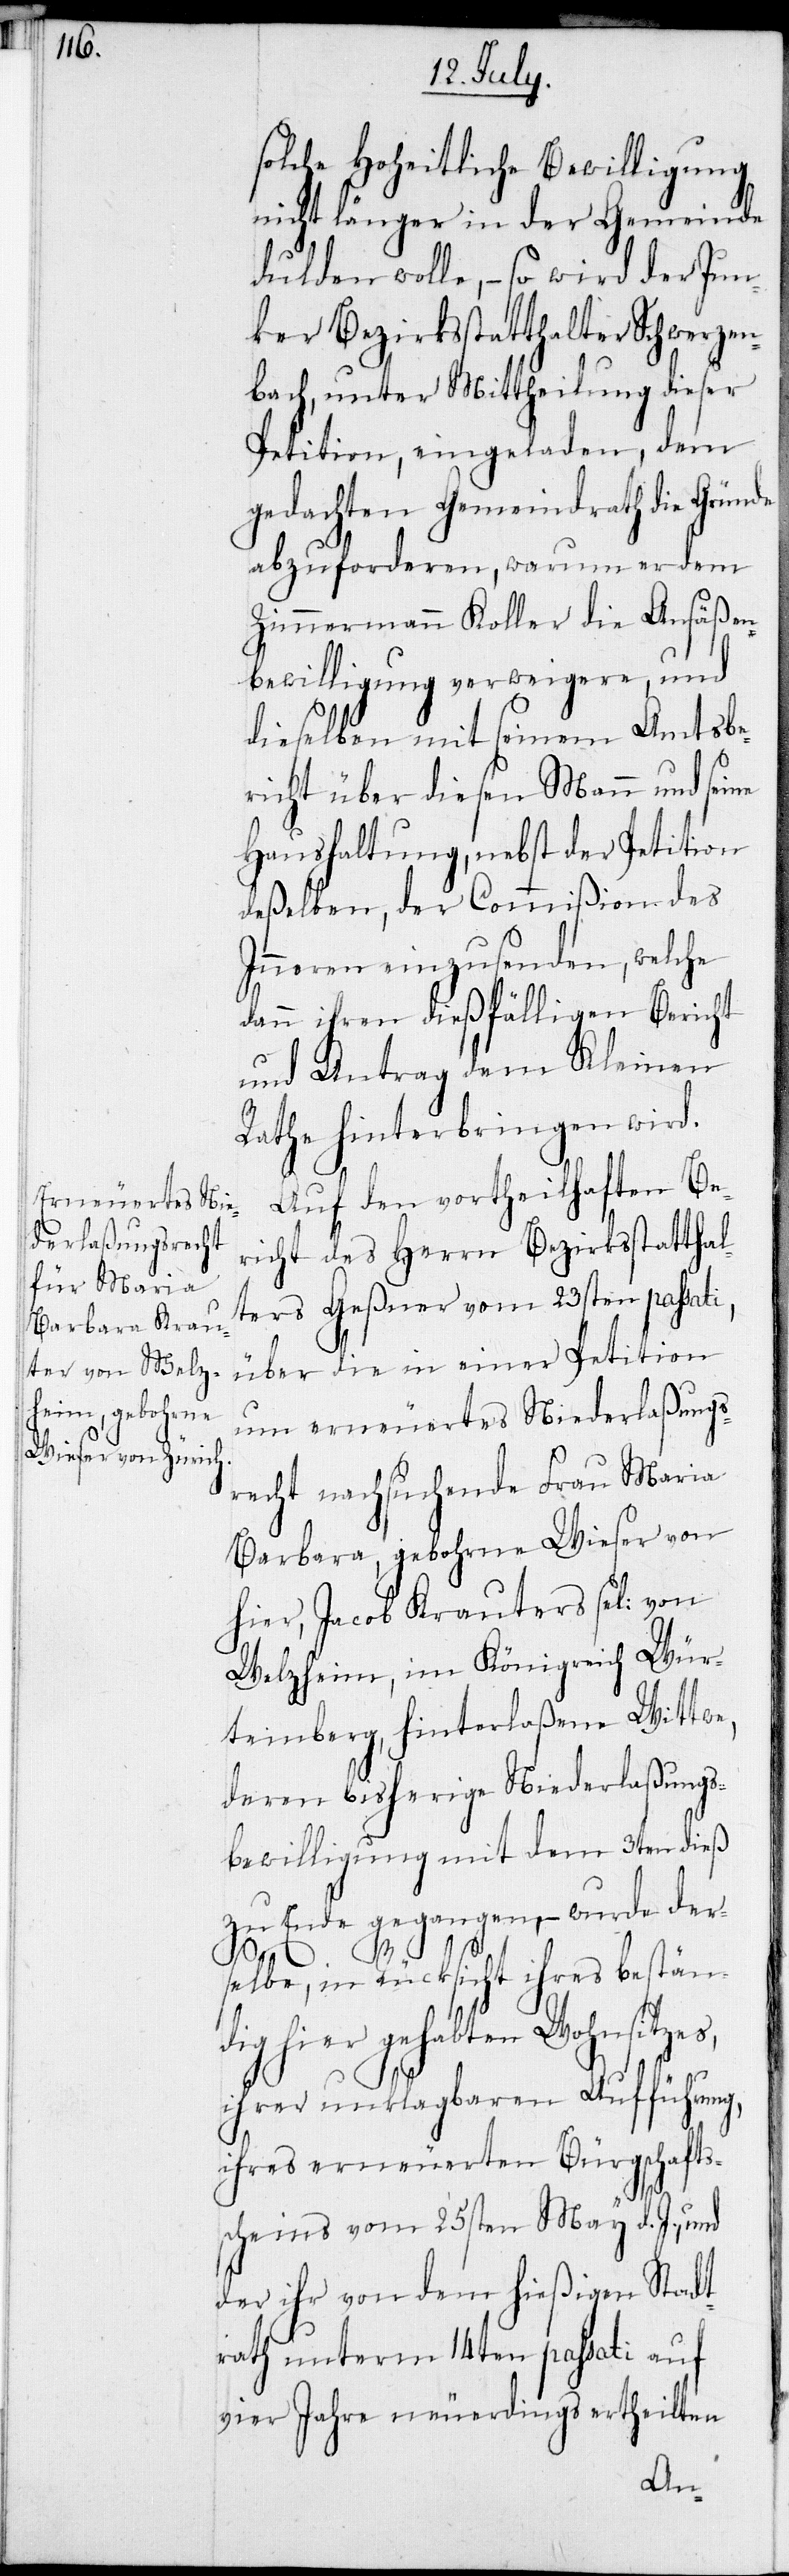
solche Hoheitliche Bewilligung
nicht länger in der Gemeinde
dulden wolle, – so wird der Jun¬
ker Bezirksstatthalter Schwerzen¬
bach, unter Mittheilung dieser
Petition, eingeladen, dem
gedachten Gemeindrath die Gründe
abzuforderen, warum er dem
Zimmermann Koller die Ansäßen¬
bewilligung verweigere, und
dieselben mit seinem Amtsbe¬
richt über diesen Mann und seine
Haushaltung, nebst der Petition
deßelben, der Commißion des
Inneren einzusenden, welche
dann ihren dießfälligen Bericht
und Antrag dem Kleinen
Rathe hinterbringen wird.
Auf den vortheilhaften Be¬
richt des Herrn Bezirksstatthalt¬
ers Geßner vom 23sten passati,
über die in einer Petition
um erneuertes Niederlaßungs¬
recht nachsuchende Frau Maria
Barbara, gebohrne Wieser von
hier, Jacob Krauters sel: von
Welzheim, im Königreiche Wür¬
temberg, hinterlaßene Wittwe,
deren bisherige Niederlaßungs¬
bewilligung mit dem 3ten dieß
zu Ende gegangen, – wurde der¬
selbe, in Rücksicht ihres beständ¬
ig hier gehabten Wohnsitzes,
ihrer unklagbaren Aufführung,
ihres erneuerten Bürgschafts¬
scheins vom 25sten May d. J., und
der ihr von dem hießigen Stadt¬
rath unterm 14ten passati auf
vier Jahre neuerdings ertheilten